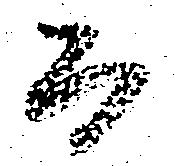
而